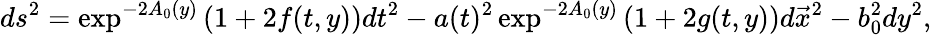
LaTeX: ds^{2}=\exp^{-2A_{0}(y)}\left(1+2f(t,y)\right)dt^{2}-a(t)^{2}\exp^{-2A_{0}(y)}\left(1+2g(t,y)\right)d\vec{x}^{2}-b_{0}^{2}dy^{2},